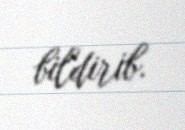
bildirib.